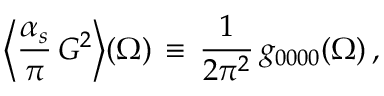
\Big \langle \frac { \alpha _ { s } } { \pi } \, G ^ { 2 } \Big \rangle ( \Omega ) \, \equiv \, \frac { 1 } { 2 \pi ^ { 2 } } \, g _ { 0 0 0 0 } ( \Omega ) \, ,